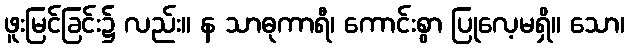
ဖူးမြင်ခြင်း၌ လည်း။ န သာဓုကာရီ၊ ကောင်းစွာ ပြုလေ့မရှိ။ သော၊